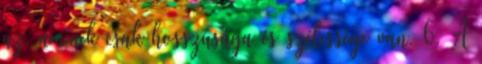
az, aminek csak hosszúsága és szélessége van. 6. A